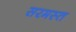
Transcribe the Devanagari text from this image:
सरमस्त